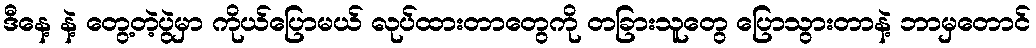
ဒီနေ့ နဲ့ တွေ့တဲ့ပွဲမှာ ကိုယ်ပြောမယ် လုပ်ထားတာတွေကို တခြားသူတွေ ပြောသွားတာနဲ့ ဘာမှတောင်